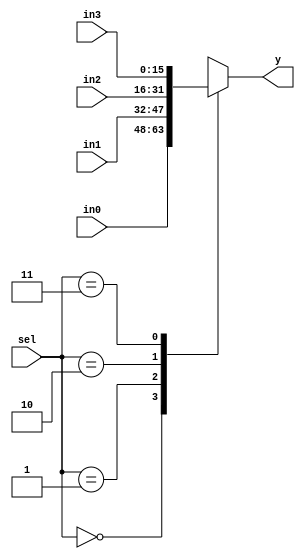
module mux4x1 (in0,in1,in2,in3,sel,y);
	input [15:0] in0,in1,in2,in3;
	input [1:0] sel;
	output reg [15:0] y;
	always@(*) begin
		case(sel)
		2'b00: y = in0;
		2'b01: y = in1;
		2'b10: y = in2;
		2'b11: y = in3;
		endcase
	end
endmodule